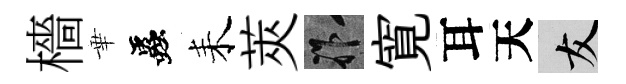
檣華蟲耒莢祚寛耳天友